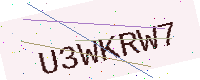
Text: U3WKRW7